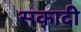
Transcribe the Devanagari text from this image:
सकादी